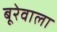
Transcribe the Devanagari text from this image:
बूरेवाला